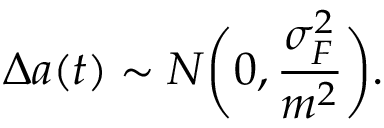
\Delta a ( t ) \sim N \bigg ( 0 , \frac { \sigma _ { F } ^ { 2 } } { m ^ { 2 } } \bigg ) .